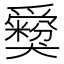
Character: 𤕃